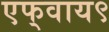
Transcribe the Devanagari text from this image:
एफ्‌वाय९